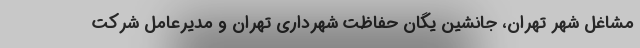
مشاغل شهر تهران، جانشین یگان حفاظت شهرداری تهران و مدیرعامل شرکت